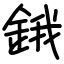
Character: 鋨